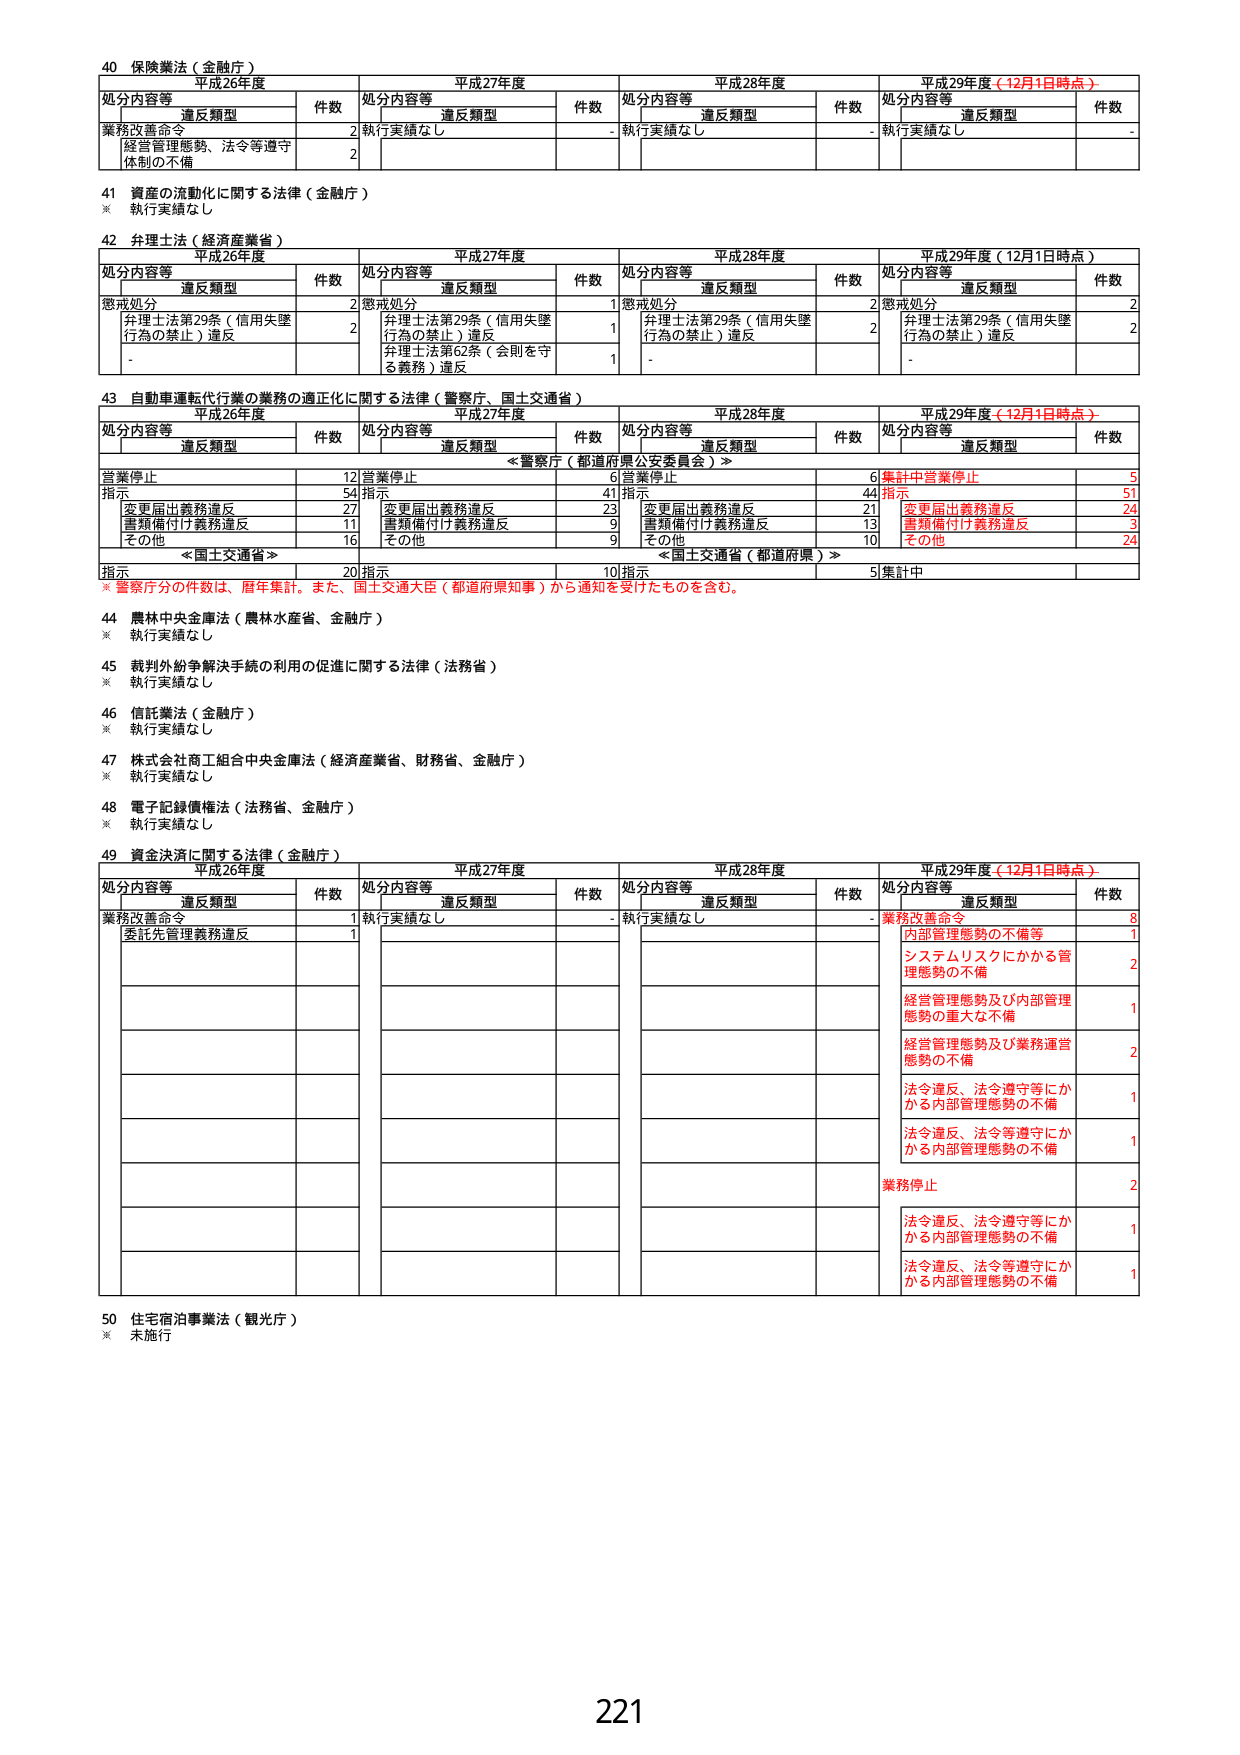
40 保険業法（金融庁）
平成26年度 平成27年度 平成28年度 平成29年度（12月1日時点）
処分内容等 違反類型 件数 処分内容等 違反類型 件数 処分内容等 違反類型 件数 処分内容等 違反類型 件数
業務改善命令 2 執行実績なし - 執行実績なし - 執行実績なし -
経営管理態勢、法令等遵守体制の不備 2

41 資産の流動化に関する法律（金融庁）
※ 執行実績なし

42 弁理士法（経済産業省）
平成26年度 平成27年度 平成28年度 平成29年度（12月1日時点）
処分内容等 違反類型 件数 処分内容等 違反類型 件数 処分内容等 違反類型 件数 処分内容等 違反類型 件数
懲戒処分 2 懲戒処分 1 懲戒処分 2 懲戒処分 2
弁理士法第29条（信用失墜行為の禁止）違反 2 弁理士法第29条（信用失墜行為の禁止）違反 1 弁理士法第29条（信用失墜行為の禁止）違反 2 弁理士法第29条（信用失墜行為の禁止）違反 2
- 弁理士法第62条（会則を守る義務）違反 1 - -

43 自動車運転代行業の業務の適正化に関する法律（警察庁、国土交通省）
平成26年度 平成27年度 平成28年度 平成29年度（12月1日時点）
処分内容等 違反類型 件数 処分内容等 違反類型 件数 処分内容等 違反類型 件数 処分内容等 違反類型 件数
＜警察庁（都道府県公安委員会）＞
営業停止 12 営業停止 6 営業停止 6 集計中営業停止 5
指示 54 指示 41 指示 44 指示 51
変更届出義務違反 27 変更届出義務違反 23 変更届出義務違反 21 変更届出義務違反 24
書類備付け義務違反 11 書類備付け義務違反 9 書類備付け義務違反 13 書類備付け義務違反 3
その他 16 その他 9 その他 10 その他 24
＜国土交通省＞
指示 20 指示 10 指示 5 集計中
※ 警察庁分の件数は、暦年集計。また、国土交通大臣（都道府県知事）から通知を受けたものを含む。

44 農林中央金庫法（農林水産省、金融庁）
※ 執行実績なし

45 裁判外紛争解決手続の利用の促進に関する法律（法務省）
※ 執行実績なし

46 信託業法（金融庁）
※ 執行実績なし

47 株式会社商工組合中央金庫法（経済産業省、財務省、金融庁）
※ 執行実績なし

48 電子記録債権法（法務省、金融庁）
※ 執行実績なし

49 資金決済に関する法律（金融庁）
平成26年度 平成27年度 平成28年度 平成29年度（12月1日時点）
処分内容等 違反類型 件数 処分内容等 違反類型 件数 処分内容等 違反類型 件数 処分内容等 違反類型 件数
業務改善命令 1 執行実績なし - 執行実績なし - 業務改善命令 8
委託先管理義務違反 1
内部管理態勢の不備等 1
システムリスクにかかる管理態勢の不備 2
経営管理態勢及び内部管理態勢の重大な不備 1
経営管理態勢及び業務運営態勢の不備 2
法令違反、法令等遵守等にかかる内部管理態勢の不備 1
法令違反、法令等遵守等にかかる内部管理態勢の不備 1
業務停止 2
法令違反、法令等遵守等にかかる内部管理態勢の不備 1
法令違反、法令等遵守等にかかる内部管理態勢の不備 1

50 住宅宿泊事業法（観光庁）
※ 未施行

221